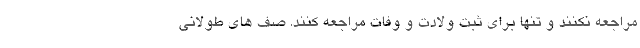
مراجعه نکنند و تنها برای ثبت ولادت و وفات مراجعه کنند. صف های طولانی